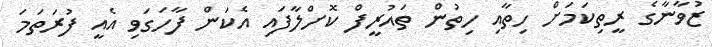
ޒުވާނާގެ ރީތިކަމަށް ހިތާއި ހިތުން ތައުރީފް ކޮށްލާފައި އެކަން ފާހަގަވި އެއީ ފުރަތަމަ